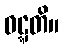
ဝဋ္ဋတိ။